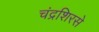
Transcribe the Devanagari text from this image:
चंद्रशिरसे